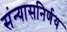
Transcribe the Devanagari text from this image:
संन्यासनिर्णय